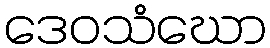
ဒေဝသံဃော